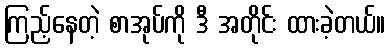
ကြည့်နေတဲ့ စာအုပ်ကို ဒီ အတိုင်း ထားခဲ့တယ်။